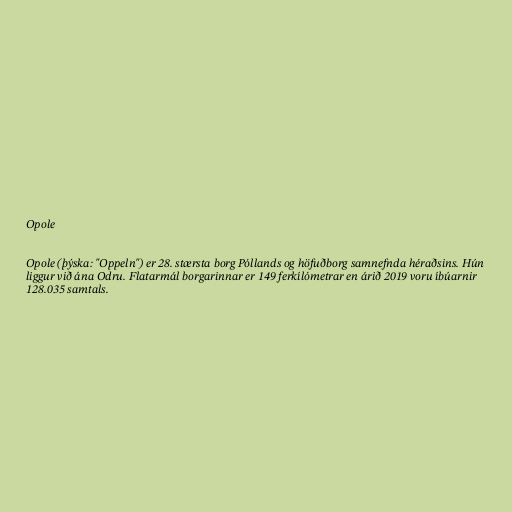
Opole

Opole (þýska: "Oppeln") er 28. stærsta borg Póllands og höfuðborg samnefnda héraðsins. Hún
liggur við ána Odru. Flatarmál borgarinnar er 149 ferkílómetrar en árið 2019 voru íbúarnir
128.035 samtals.